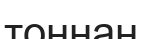
тоннан